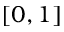
[ 0 , 1 ]